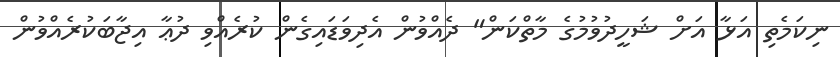
ނިކަމެތި އަޅާ އަށް ޝަހީދުވުމުގެ މާތްކަން" ދެއްވުން އެދިވަޑައިގެން ކުރެއްވި ދުޢާ އިޖާބަކުރެއްވުން